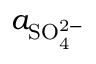
a _ { \mathrm { { S O _ { 4 } ^ { 2 - } } } }